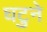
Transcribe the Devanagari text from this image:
घटुने